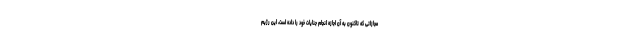
مجازاتی که تاکنون به آن اجازه انجام جنایات خود را داده است، این رژیم